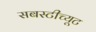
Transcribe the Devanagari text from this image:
सबस्टीच्यूट